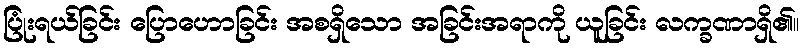
ပြုံးရယ်ခြင်း ပြောဟောခြင်း အစရှိသော အခြင်းအရာကို ယူခြင်း လက္ခဏာရှိ၏။